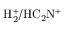
\mathrm { H _ { 2 } ^ { + } / H C _ { 2 } N ^ { + } }